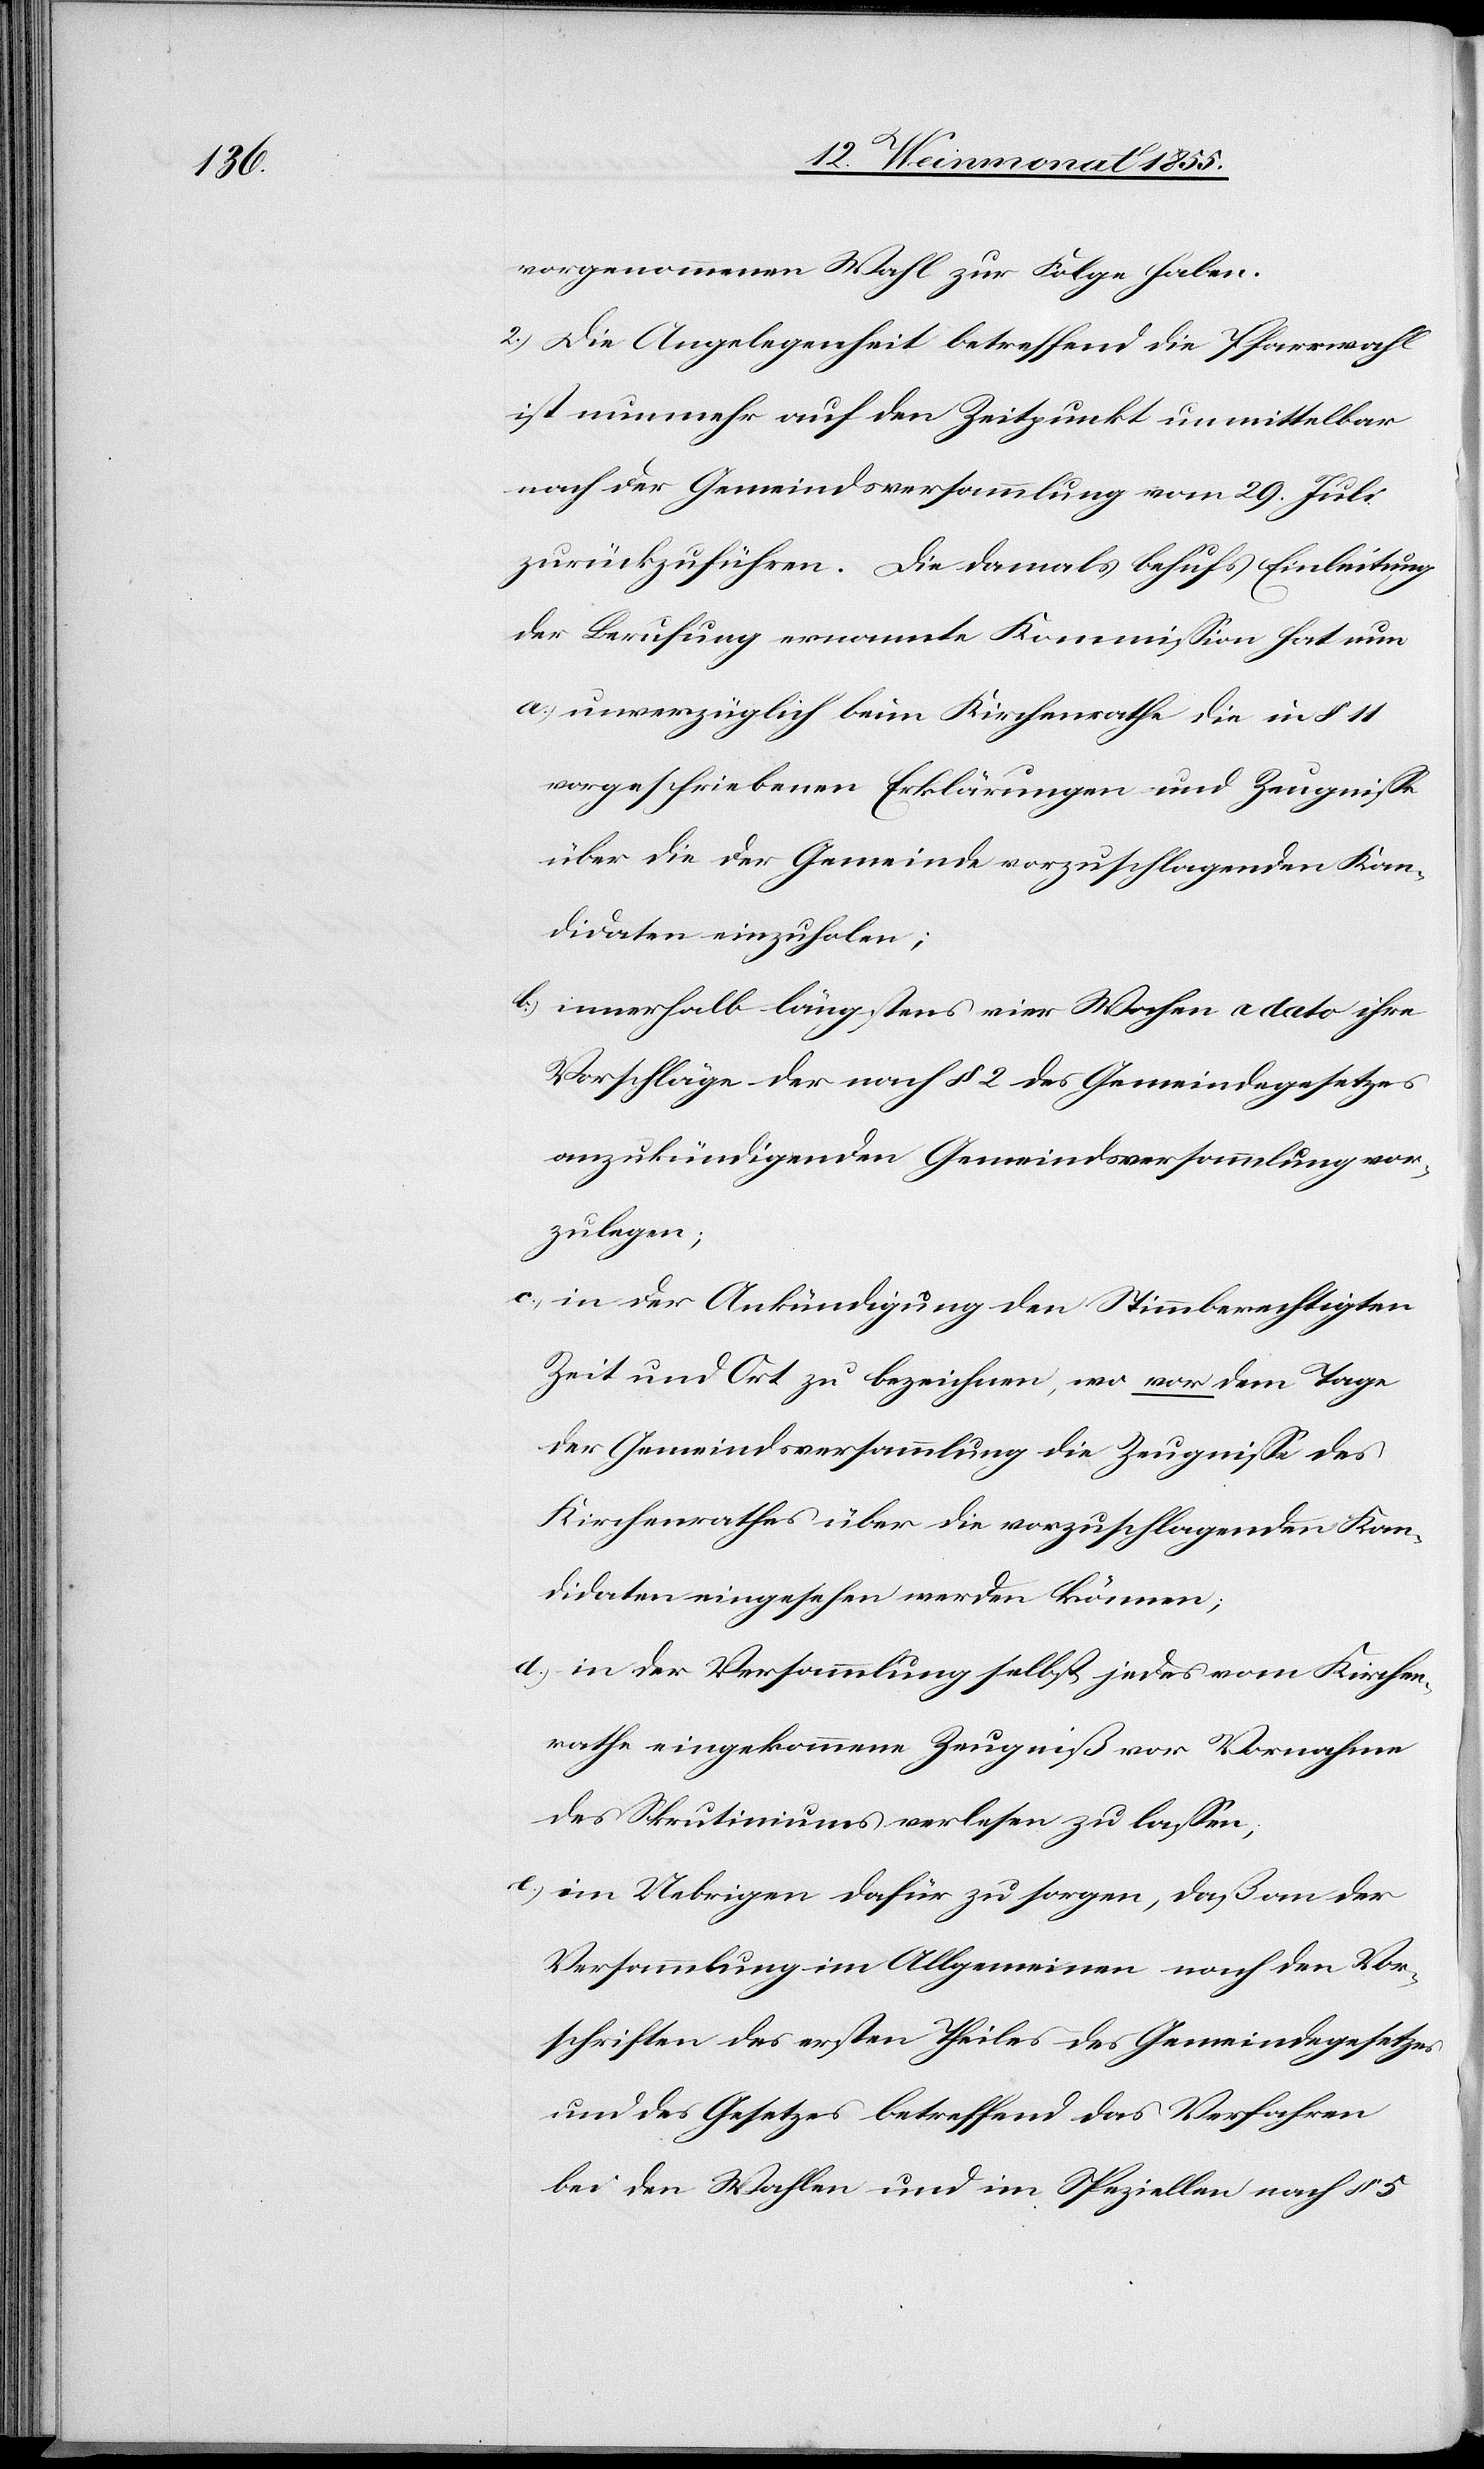
vorgenommenen Wahl zur Folge haben.
2.) Die Angelegenheit betreffend die Pfarrwahl
ist nunmehr auf den Zeitpunkt unmittelbar
nach der Gemeindsversammlung vom 29. Juli
zurückzuführen. Die damals behufs Einleitung
der Berufung ernannte Kommission hat nun
unverzüglich beim Kirchenrathe die in § 11
vorgeschriebenen Erklärungen und Zeugnisse
über die der Gemeinde vorzuschlagenden Kan¬
didaten einzuholen;
innerhalb längstens vier Wochen a dato ihre
Vorschläge der nach § 2 des Gemeindegesetzes
anzukündigenden Gemeindsversammlung vor¬
zulegen;
in der Ankündigung den Stimmberechtigten
Zeit und Ort zu bezeichnen, wo vor dem Tage
der Gemeindsversammlung die Zeugnisse des
Kirchenrathes über die vorzuschlagenden Kan¬
didaten eingesehen werden können;
in der Versammlung selbst jedes vom Kirchen¬
rathe eingekommene Zeugniß vor Vornahme
des Skrutiniums verlesen zu lassen;
im Uebrigen dafür zu sorgen, daß an der
Versammlung im Allgemeinen nach den Vor¬
schriften des ersten Theiles des Gemeindegesetzes
und des Gesetzes betreffend das Verfahren
bei den Wahlen und im Speziellen nach § 5